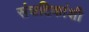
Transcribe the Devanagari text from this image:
संघटिकांशी